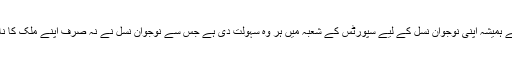
اگر آپ دنیا کی ان قوموں کی مثال لیں جنہوں نے ترقی کی ہے تو انہوں نے ہمیشہ اپنی نوجوان نسل کے لیے سپورٹس کے شعبہ میں ہر وہ سہولت دی ہے جس سے نوجوان نسل نے نہ صرف اپنے ملک کا نام پوری دنیا میں روشن کیا بلکہ ملک کے لیے ملین آف ڈالرز بھی کمائے۔